Lunatic asylums in Bengal annual reports 1912-1924 - 1912-1924
Year: 1912
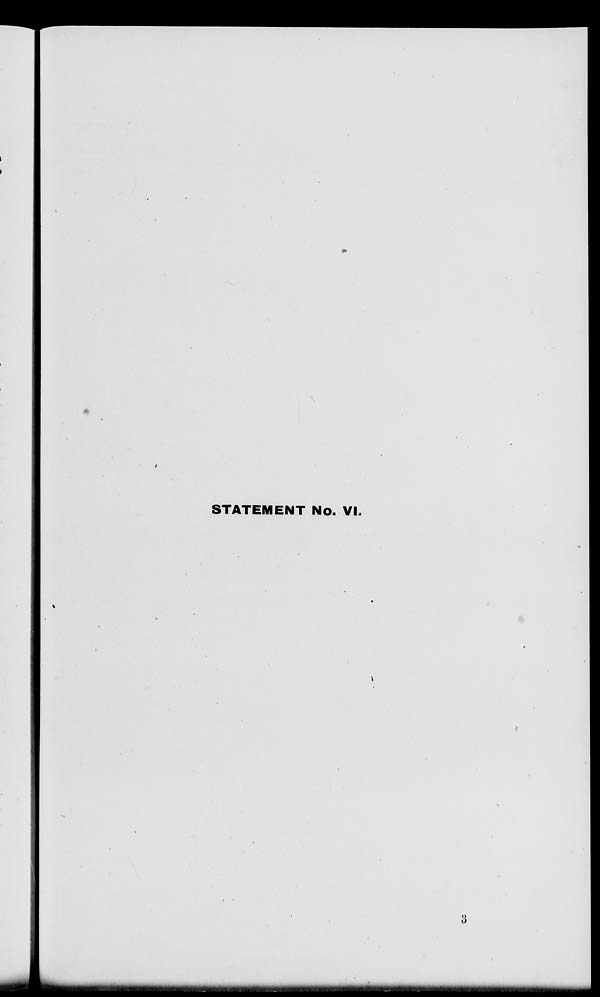
STATEMENT No. VI.